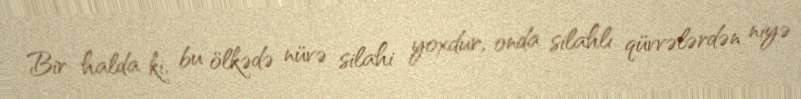
Bir halda ki, bu ölkədə nüvə silahi yoxdur, onda silahlı qüvvələrdən niyə